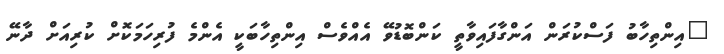
"އިންތިހާބު ފަސްކުރަން އަންގާފައިވާތީ ކަންބޮޑުވޭ އެއްވެސް އިންތިހާބަކީ އެންމެ ފުރިހަމަކޮށް ކުރިއަށް ދާނޭ